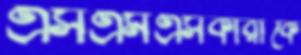
এসএমএসকারীকে